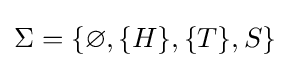
\Sigma =\{\varnothing ,\{H\},\{T\},S\}